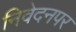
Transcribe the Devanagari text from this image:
निवेदनपर